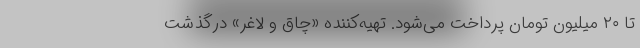
تا ۲۰ میلیون تومان پرداخت می‌شود. تهیه‌کننده «چاق و لاغر» درگذشت